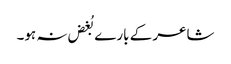
شاعر کے بارے بُغض نہ ہو۔